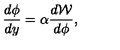
\frac { d \phi } { d y } = \alpha \frac { d { \cal W } } { d \phi } ,